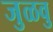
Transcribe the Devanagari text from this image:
जुळवु